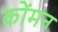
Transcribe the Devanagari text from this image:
कोंमन